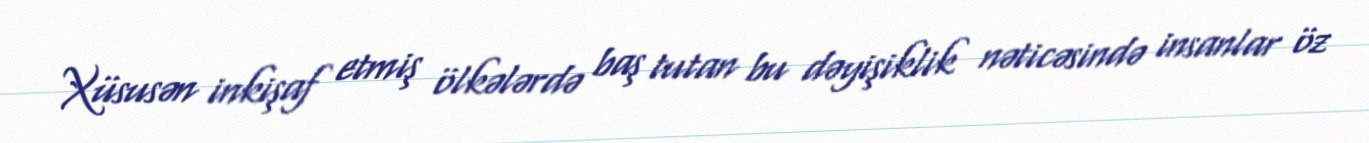
Xüsusən inkişaf etmiş ölkələrdə baş tutan bu dəyişiklik nəticəsində insanlar öz